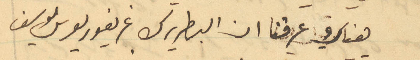
هناك عرفنا ان البطريرك غريغوريوس يوسف